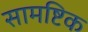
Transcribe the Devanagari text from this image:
सामष्टिक